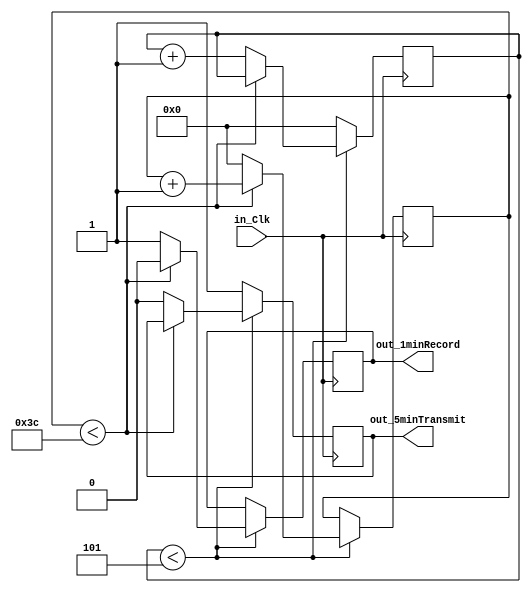
module glenn_TIMER(
	input in_Clk,
	output reg out_1minRecord,
	output reg out_5minTransmit
	);
	reg [5:0]reg_Countsec = 0;
	reg [5:0]reg_Countmin = 0;
	always@(posedge in_Clk)
	  begin
		  begin
		  if(reg_Countmin<5)
		    begin
			 if(reg_Countsec<60)
			   begin
			   reg_Countsec = reg_Countsec + 1;
			   out_1minRecord = 1'b0;
			   end
			 else
			   begin
			   reg_Countsec = 0;
			   out_1minRecord = 1'b1;
			   reg_Countmin = reg_Countmin + 1;
            out_5minTransmit = 1'b0;
			   end
			 end
		  else
		    begin
		    reg_Countmin = 0;
		    out_5minTransmit = 1'b1;
		    end
		  end
	  end
endmodule